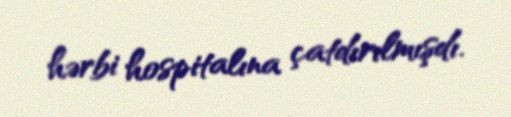
hərbi hospitalına çatdırılmışdı.